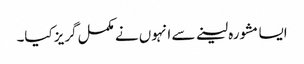
ایسا مشورہ لینے سے انہوں نے مکمل گریز کیا۔